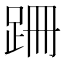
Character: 跚